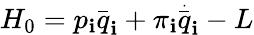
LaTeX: H_{0}=p_{\mathbf{i}}\stackrel{\_ }{q}_{\mathbf{i}}+\pi_{\mathbf{i}}\stackrel{\stackrel{.}{\_ }}{q}_{\mathbf{i}}-L